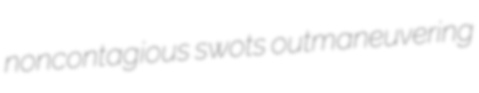
noncontagious swots outmaneuvering